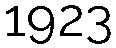
1923